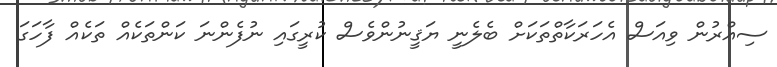
ސިއްރުން ވިއަސް އެހަރަކާތްތަކަށް ބެލެނީ ޔަޤީނުންވެސް ކުރީގައި ނުފެންނަ ކަންތަކެއް ތަކެއް ފާހަގަ